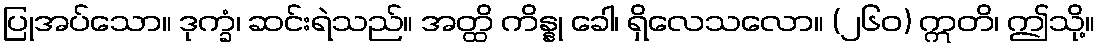
ပြုအပ်သော။ ဒုက္ခံ၊ ဆင်းရဲသည်။ အတ္ထိ ကိန္နု ခေါ၊ ရှိလေသလော။ (၂၆၀) ဣတိ၊ ဤသို့။